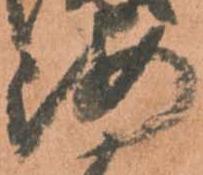
海